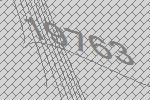
19763